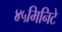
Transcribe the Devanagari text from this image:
४५मिनिटे